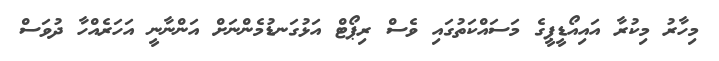
މިހާރު މިކުރާ އައިއޯޑީޕީގެ މަސައްކަތުގައި ވެސް ރިޕޯޓް އަޅުގަނޑުމެންނަށް އަންނާނީ އަހަރެއްހާ ދުވަސް